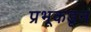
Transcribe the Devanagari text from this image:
प्रभूकडून